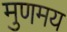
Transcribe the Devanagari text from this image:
मुणमय